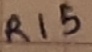
Text: R15